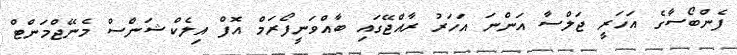
ފެންބޯސާގެ އަހަރީ ޖަލްސާ އަންނަ އަހަރު ރާއްޖޭގައި ބާއްވަނީފޯރަމް އޮފް އިލެކްޝަންސް މެނޭޖްމަންޓް